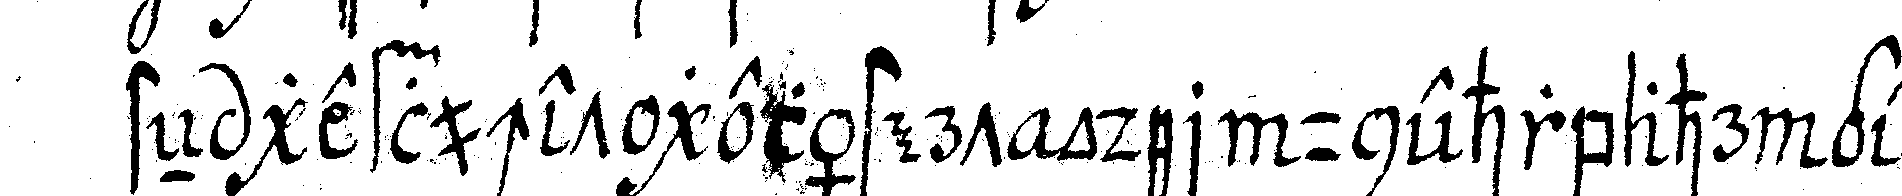
steN gefluchet gelästert oder unehrbahr gere